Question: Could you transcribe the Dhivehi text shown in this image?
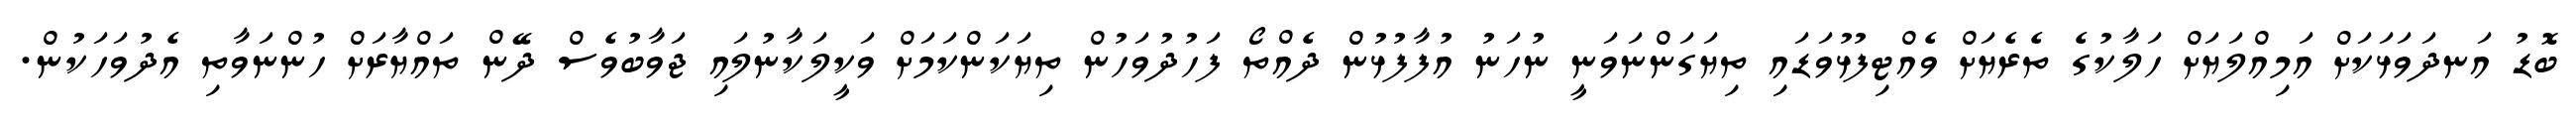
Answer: ބޮޑު އަނދަވަޅަކަށް އަމިއްލަޔަށް ހަލާކުގެ ތެރެޔަށް ވެއްޓިފުޅުވަޑައި ތިޔަގަންނަވަނީ ނުހަނު އުފާފުޅުން ދެއްތޯ ފަހުދުވަހުން ތިޔަކަންކަމަށް ވަކީލަކާނުލައި ޖަވާބުވެސް ދޭން ތައްޔާރަށް ހުންނަވާތި އެދުވަހަކުން.